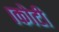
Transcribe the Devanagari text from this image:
।कोटी